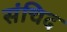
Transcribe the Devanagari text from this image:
संचिद